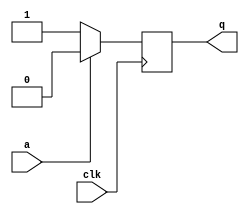
module top_module (
    input clk,
    input a,
    output q );
    
    reg x;
    
    always @(posedge clk) begin
        if (a == 1) begin
        	x = 0;
        end
        else begin
        	x = 1;
        end
    end

    assign q = x;
endmodule